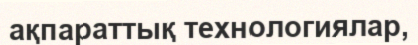
ақпараттық технологиялар,